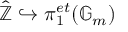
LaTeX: { \hat { \mathbb { Z } } } \hookrightarrow \pi _ { 1 } ^ { e t } ( \mathbb { G } _ { m } )